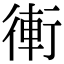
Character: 䡓